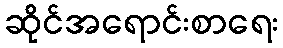
ဆိုင်အရောင်းစာရေး